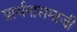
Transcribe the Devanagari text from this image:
प्रार्थनासमाजी